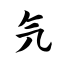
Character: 氕